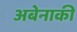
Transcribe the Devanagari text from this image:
अबेनाकी